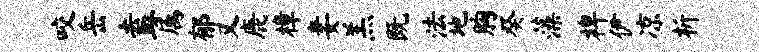
咬岳盍属郁又鹿樟妻羔既法地胸癸藻裨伊凉析